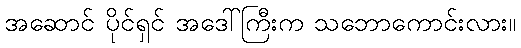
အဆောင် ပိုင်ရှင် အဒေါ်ကြီးက သဘောကောင်းလား။